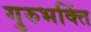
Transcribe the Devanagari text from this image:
गुरुभक्तिं